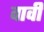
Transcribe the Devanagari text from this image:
वावी